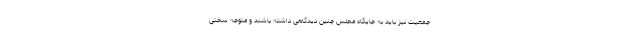
جمعیت نیز باید به جایگاه مجلس چنین دیدگاهی داشته باشند و متوجه سختی